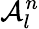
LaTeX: \mathcal{A}_{l}^{n}